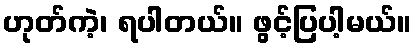
ဟုတ်ကဲ့၊ ရပါတယ်။ ဖွင့်ပြပါ့မယ်။